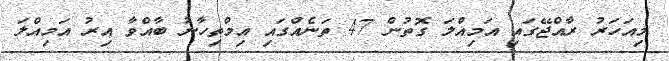
މިއަހަރު ރާއްޖޭގައި އަމިއްލަ ގޮތުން 47 ތަނެއްގައި އިމްތިހާނު ބާއްވާ އިރު އަމިއްލަ